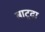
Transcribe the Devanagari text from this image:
बाटूदा